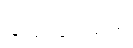
ပြုလုပ်ခဲ့ပါသည်